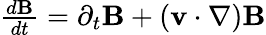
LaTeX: \begin{array}{r}{{\frac{d{\mathbf B}}{dt}}=\partial_{t}{\mathbf B}+({\mathbf v}\cdot\nabla){\mathbf B}}\end{array}